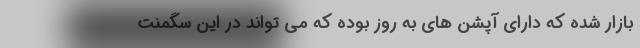
بازار شده که دارای آپشن های به روز بوده که می تواند در این سگمنت